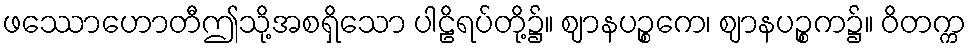
ဖဿောဟောတီဤသို့အစရှိသော ပါဠိရပ်တို့၌။ ဈာနပဉ္စကေ၊ ဈာနပဉ္စက၌။ ဝိတက္က